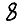
Digit: 8